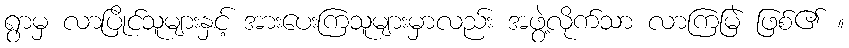
ရွာမှ လာပြိုင်သူများနှင့် အားပေးကြသူများမှာလည်း အဖွဲ့လိုက်သာ လာကြမြဲ ဖြစ်၏ ။